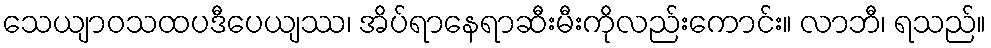
သေယျာဝသထပဒီပေယျဿ၊ အိပ်ရာနေရာဆီးမီးကိုလည်းကောင်း။ လာဘီ၊ ရသည်။